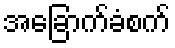
အခြောက်ခံစက်